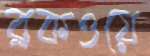
ব্রকওয়ে